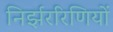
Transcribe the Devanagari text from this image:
निर्झररिणियों